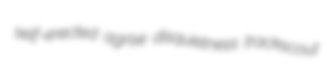
self-erected agrise disquietness trackscout